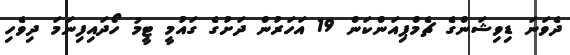
ދެވަނަ ޑިވިޝަންގެ ޗެމްޕިއަންކަން 19 އަހަރުން ދަށުގެ ގައުމީ ޓީމު ހޯދައިފިނަމަ ދިވެހި